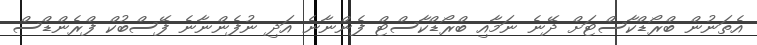
އެތަނުން ބްރޯޑްކާސްޓަށް ދޭނެ ނަމާއި ބްރޯޑްކާސްޓް ފެންނާނެ އަދި ނުފެންނާނެ ފޭސްބުކް ފްރެންޑްސް